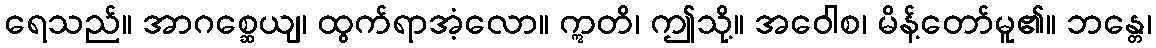
ရေသည်။ အာဂစ္ဆေယျ၊ ထွက်ရာအံ့လော။ ဣတိ၊ ဤသို့။ အဝေါစ၊ မိန့်တော်မူ၏။ ဘန္တေ၊